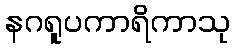
နဂရူပကာရိကာသု